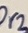
Text: Pr3